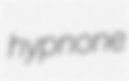
hypnone